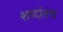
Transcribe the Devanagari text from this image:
शब्दांतच